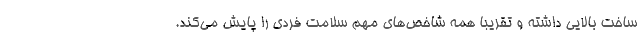
ساخت بالایی داشته و تقریبا همه شاخص‌های مهم سلامت فردی را پایش می‌کند.